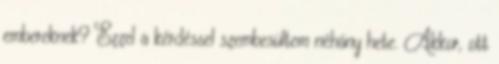
embereknek? Ezzel a kérdéssel szembesültem néhány hete. Akkor, ott